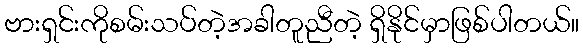
ဗားရှင်းကိုစမ်းသပ်တဲ့အခါတူညီတဲ့ ရှိနိုင်မှာဖြစ်ပါတယ်။